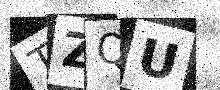
Text: TZQU